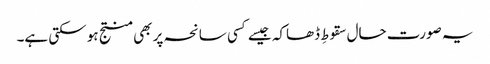
یہ صورت حال سقوطِ ڈھاکہ جیسے کسی سانحہ پر بھی منتج ہو سکتی ہے۔